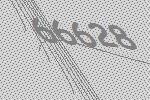
66628